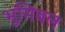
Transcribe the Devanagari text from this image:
भूमिबल